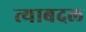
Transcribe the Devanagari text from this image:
त्याबदल